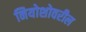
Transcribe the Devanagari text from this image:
नियोशोवरील